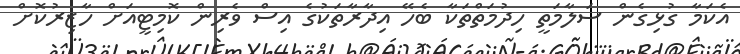
އެކަމާ ގުޅިގެން ސަލާމަތީ ހިދުމަތްތަކާ ބެހޭ އިދާރާތަކުގެ އިސް ވެރިން ކޮމިޓީއަށް ހާޒިރުކޮށް